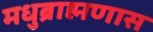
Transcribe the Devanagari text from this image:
मधुब्राह्मणास